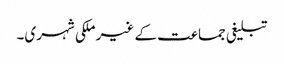
تبلیغی جماعت کے غیر ملکی شہری۔